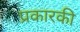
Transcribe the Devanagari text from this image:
प्रकारकी